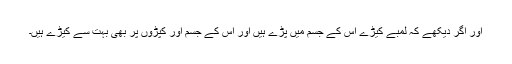
اور اگر دیکھے کہ لمبے کیڑے اس کے جسم میں پڑے ہیں اور اس کے جسم اور کپڑوں پر بھی بہت سے کیڑے ہیں۔